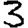
Digit: 3